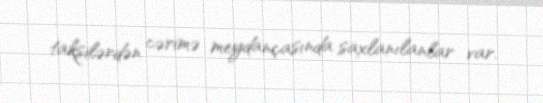
taksilərdən cərimə meydançasında saxlanılanlar var.